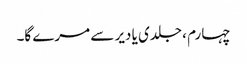
چہارم ، جلدی یا دیر سے مرے گا۔